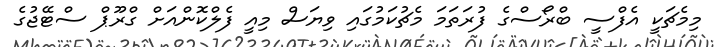
މިމެޗަކީ އެފްސީ ބްރޯސްގެ ފުރަތަމަ މެޗުކަމުގައި ވިޔަސް މިއީ ފެލްކޮންއަށް ގްރޫޕް ސްޓޭޖުގެ